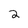
Character: 2